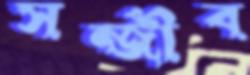
সন্জীব